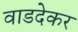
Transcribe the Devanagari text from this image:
वाडदेकर